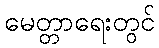
မေတ္တာရေးတွင်